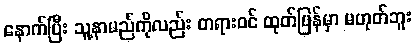
နောက်ပြီး သူ့နာမည်ကိုလည်း တရားဝင် ထုတ်ပြန်မှာ မဟုတ်ဘူး